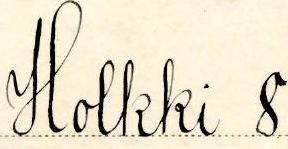
Holkki 8